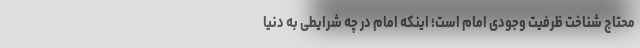
محتاج شناخت ظرفیت وجودی امام است؛ اینکه امام در چه شرایطی به دنیا